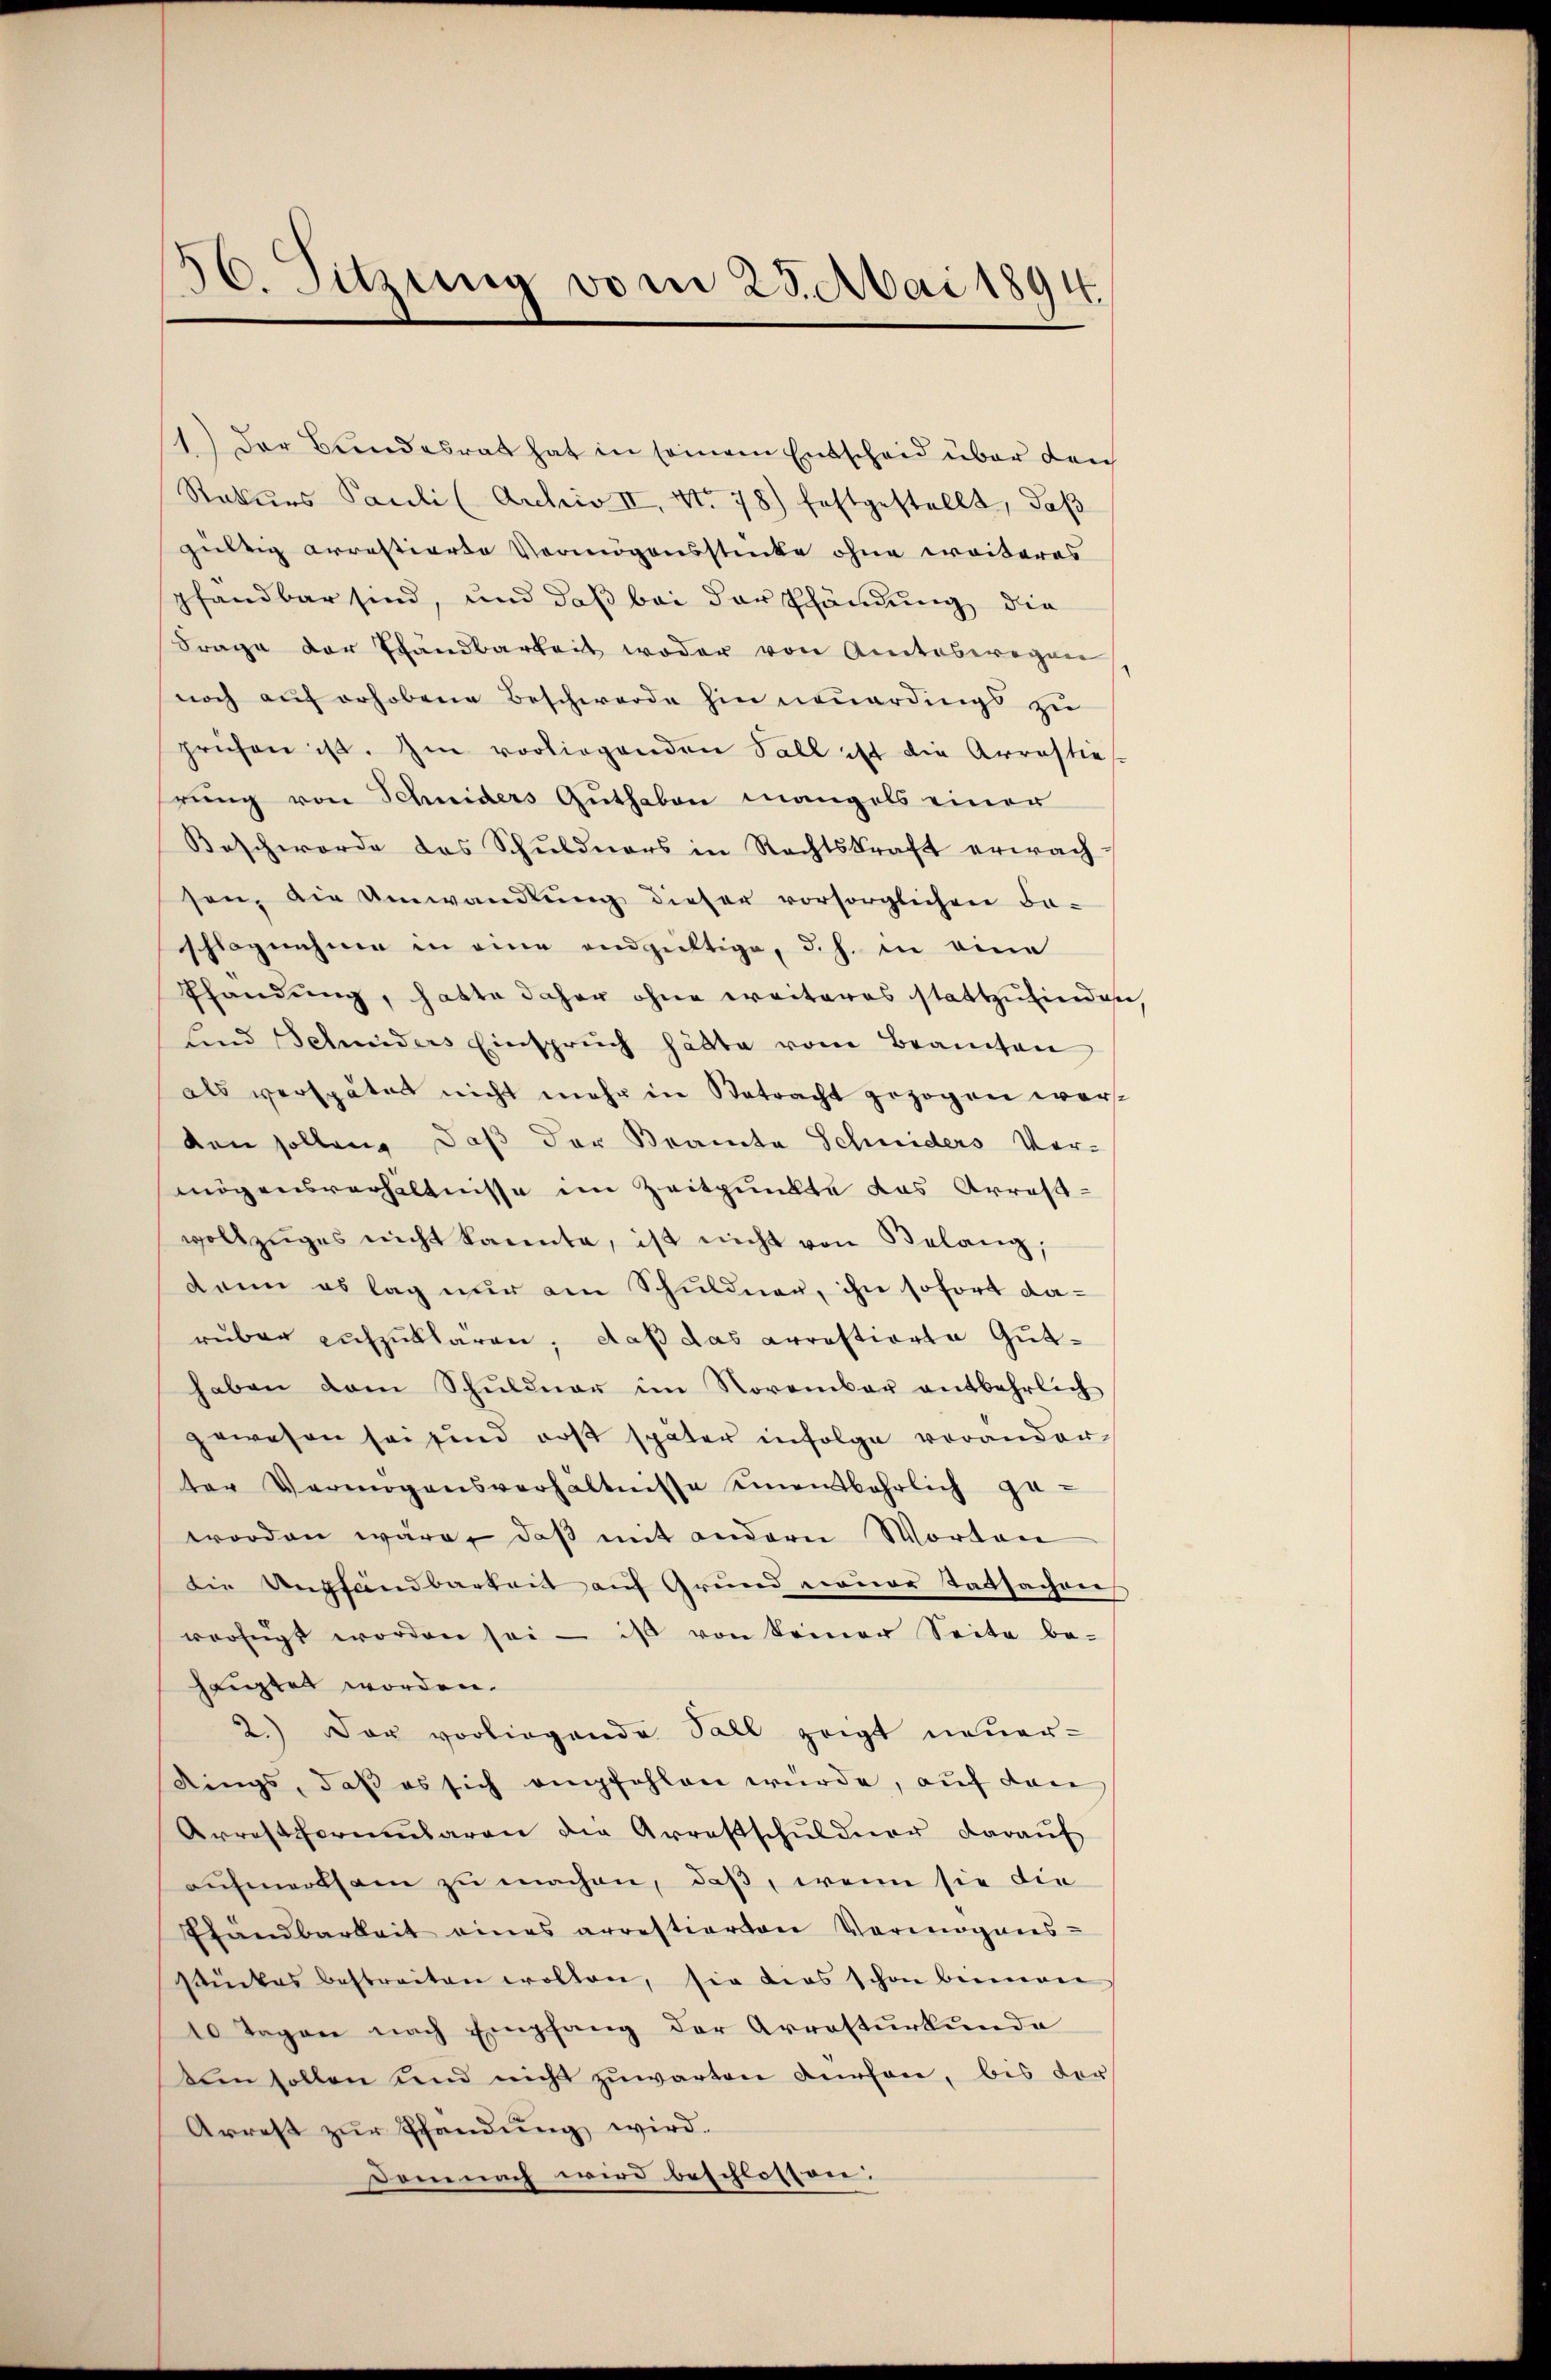
d
16. Sitzung vom 25. Mai 1894.

11.) Der Bundesrat hat in seinem Entscheid über den
Rekurs Pauli (Archiv II, No. 78) festgestellt, daβ
gültig arrestierte Vermögensstücke ohne weiteres
pfandbar sind, und daß bei darschändung die
Frage der Pfandbarkeits weder von Amteswegen
noch auf erhobene Beschwerde hin neuerdings zu
prüfen ist. Im vorliegenden Fall ist die Arrastie
rung von Schniders Guthaben mangels einer
Beschworde des Schuldners in Rechtskraft erwachsen, die Umwandlung dieser vorsorglichen Fa-
schlagnahme in eine endgültige, d. h. in eine
Pfandung, hatte daher ohne weiteres stattzufinden
sind Schniders Einspruch hätte vom Beamten
als verspätet nicht mehr in Betracht gezogen werden sollen, daß der Braute Schniders Vor-
mögensverhältnisse im Zeitpunkte das Arrest-
vollzuges nicht kannte, ist nicht von Belang,
dann es lag nur am Schuldner, ihn sofort darüber aufzuklären; daß das arrestierte Guthaben dem Schŭldŭar im November entbehrlich
gewesen sei sind erst später infolge voranderter Vermögensverhältnisse einenbahrlich ge-
worden wäre, daß mit andern Worten
die Unpfandbarkeit auf Grund neuer Tatsachen
verfügt worden sei - ist von keiner Seite be-
hauptet worden.
2.) Der vorliegende Soll zeigt neuer-
kings, daß es sich empfehlen würde, auf den
Arrestformularen die Arrestschuldner darauf
aufmerksam zu machen, daß, wenn sie die
Standbarkeit eines arrestierten Vermögens-
stückes bestreiten wollen, sie dies schon beimen
10 Tagen nach Empfang der Arresturkunde
tein sollen und nicht zuwarten dürfen, bis der
Arrest zur Pfandung wird.
Dame nach wird beschlossen: